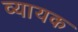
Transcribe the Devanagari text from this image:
व्यायक